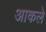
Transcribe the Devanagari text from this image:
आकले